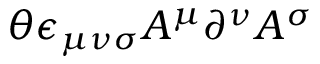
\theta \epsilon _ { \mu \nu \sigma } A ^ { \mu } \partial ^ { \nu } A ^ { \sigma }